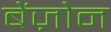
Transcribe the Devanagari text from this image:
बेंज़ोन